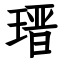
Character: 𤨁